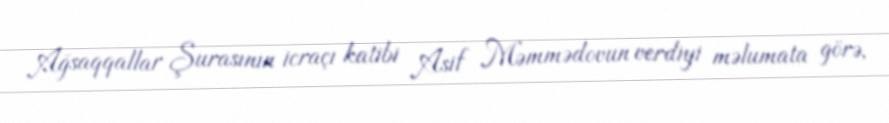
Ağsaqqallar Şurasının icraçı katibi Asif Məmmədovun verdiyi məlumata görə,